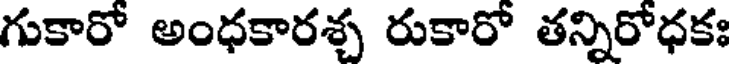
గుకారో అంధకారశ్చ రుకారో తన్నిరోధకః